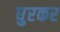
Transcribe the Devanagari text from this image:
घुरकर